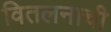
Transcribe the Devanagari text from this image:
वितलनाची